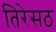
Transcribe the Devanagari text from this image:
तिरेसठ